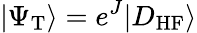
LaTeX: |\Psi_{\mathrm{T}}\rangle=e^{J}|D_{\mathrm{HF}}\rangle